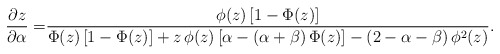
\begin{align*}\frac{\partial z}{\partial \alpha}=&\frac{\phi(z)\,[1-\Phi(z)]}{\Phi(z)\,[1-\Phi(z)]+ z\,\phi(z)\left[\alpha-(\alpha + \beta)\,\Phi(z)\right]-(2-\alpha-\beta)\,\phi^2(z)}.\end{align*}